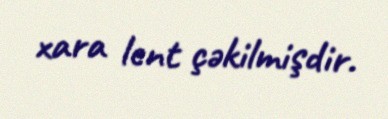
xara lent çəkilmişdir.